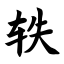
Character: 轶